Vaccination returns of the Province of Eastern Bengal and Assam - 1905-1912
Year: 1905
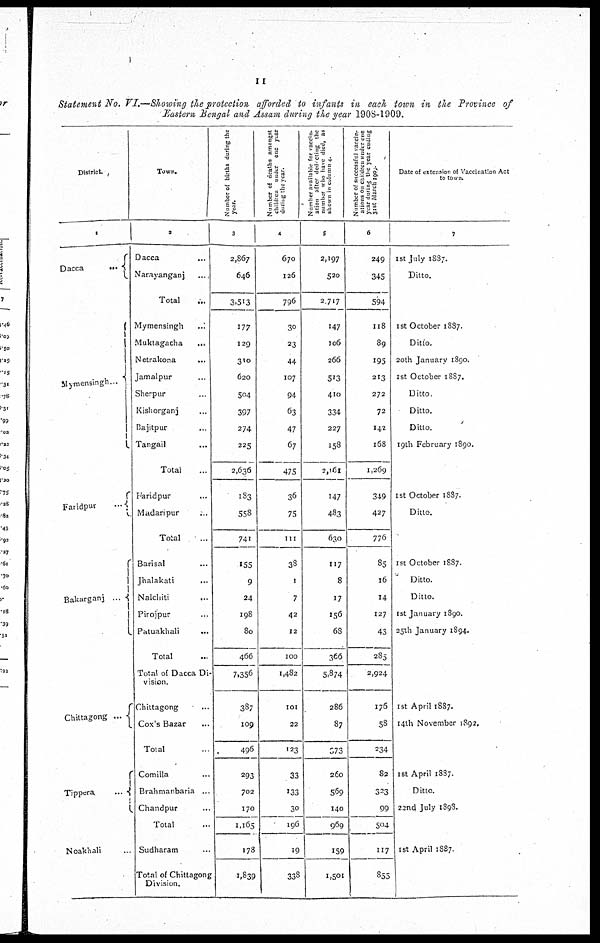
11
Statement No. VI.—Showing the protection afforded to infants in each town in the Province of
Eastern Bengal and Assam during the year 1908-1909.
District
1
Dacca
...
Mymensingh ...
Faridpur
...
Bakarganj ...
Chittagong ...
Tippera
...
Noakhali ...
Town.
2
Dacca ...
Narayanganj
...
Total ...
Mymensingh
...
Muktagacha
...
Netrakona
...
Jamalpur ...
Sherpur ...
Kishorganj ...
Bajitpur ...
Tangail ...
Total ...
Faridpur ...
Madanpur ...
Total ...
Barisal ...
Jhalakati
...
Nalchiti
...
Pirojpur ...
Patuakhali ...
Total ...
Total of Dacca Di-
vision.
Chittagong ...
Cox's Bazar ...
Total...
Comilla ...
Brahmanbaria ...
Chandpur ...
Total ...
Sudharam ...
Total of Chittagong
Division.
Number of births during the
year.
3
2,867
646
3,513
177
129
310
620
504
397
274
225
2,636
183
558
741
155
9
24
198
80
466
7,356
387
109
496
293
702
170
1,165
178
1,839
Number of deaths amongst
children under one year
during the year.
4
670
126
796
30
23
44
107
94
63
47
67
475
36
75
111
38
1
7
42
12
100
1,482
101
22
123
33
133
30
196
19
338
Number available for vaccin-
ation after deducting the
number who have died, as
shown in column 4.
5
2,197
520
2,717
147
106
266
513
410
334
227
158
2,161
147
483
630
117
8
17
156
68
366
5,874
286
87
673
260
569
140
969
159
1,501
Number of successful vaccin¬
ations on children under one
year during the year ending
31st March 1909.
6
249
345
594
118
89
195
213
272
72
142
168
1,269
349
427
776
85
16
14
127
43
285
2,924
176
58
234
82
323
99
504
117
855
Date of extension of Vaccination Act
to town.
7
1st July 1887.
Ditto.
1st October 1887.
Ditto.
20th January 1890.
1st October 1887.
Ditto.
Ditto.
Ditto.
19th February 1890.
1st October 1887.
Ditto.
1st October 1887.
Ditto.
Ditto.
1st January 1890.
25th January 1894.
1st April 1887.
14th November 1892.
1st April 1887.
Ditto.
22nd July 1898.
1st April 1887.